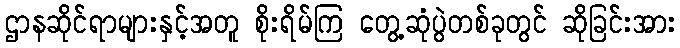
ဌာနဆိုင်ရာများနှင့်အတူ စိုးရိမ်ကြ တွေ့ဆုံပွဲတစ်ခုတွင် ဆိုခြင်းအား